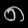
Digit: ၈